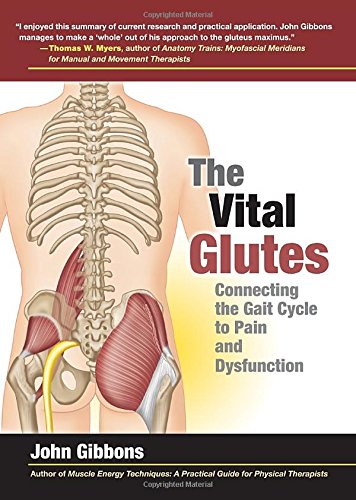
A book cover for The Vital Glutes: Connecting the Gait Cycle to Pain and Dysfunction; John Gibbons; Health, Fitness & Dieting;